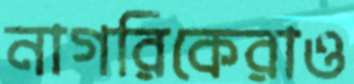
নাগরিকেরাও